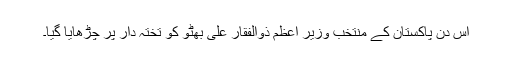
اس دن پاکستان کے منتخب وزیر اعظم ذوالفقار علی بھٹو کو تختہ دار پر چڑھایا گیا۔